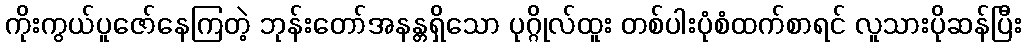
ကိုးကွယ်ပူဇော်နေကြတဲ့ ဘုန်းတော်အနန္တရှိသော ပုဂ္ဂိုလ်ထူး တစ်ပါးပုံစံထက်စာရင် လူသားပိုဆန်ပြီး